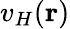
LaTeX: v_{H}(\mathbf{r})